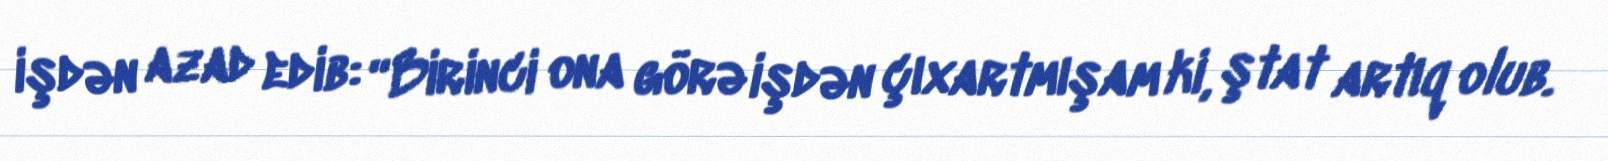
işdən azad edib: “Birinci ona görə işdən çıxartmışam ki, ştat artıq olub.